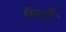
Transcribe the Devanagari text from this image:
फ़ेन्नी